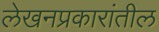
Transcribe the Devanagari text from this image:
लेखनप्रकारांतील